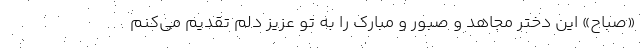
«صباح» این دختر مجاهد و صبور و مبارک را به تو عزیز دلم تقدیم می‌کنم